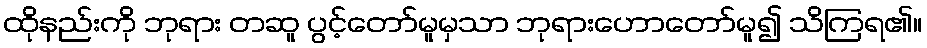
ထိုနည်းကို ဘုရား တဆူ ပွင့်တော်မူမှသာ ဘုရားဟောတော်မူ၍ သိကြရ၏။